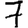
Digit: 7